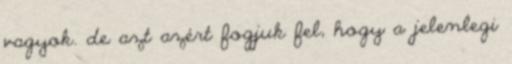
vagyok. de azt azért fogjuk fel, hogy a jelenlegi